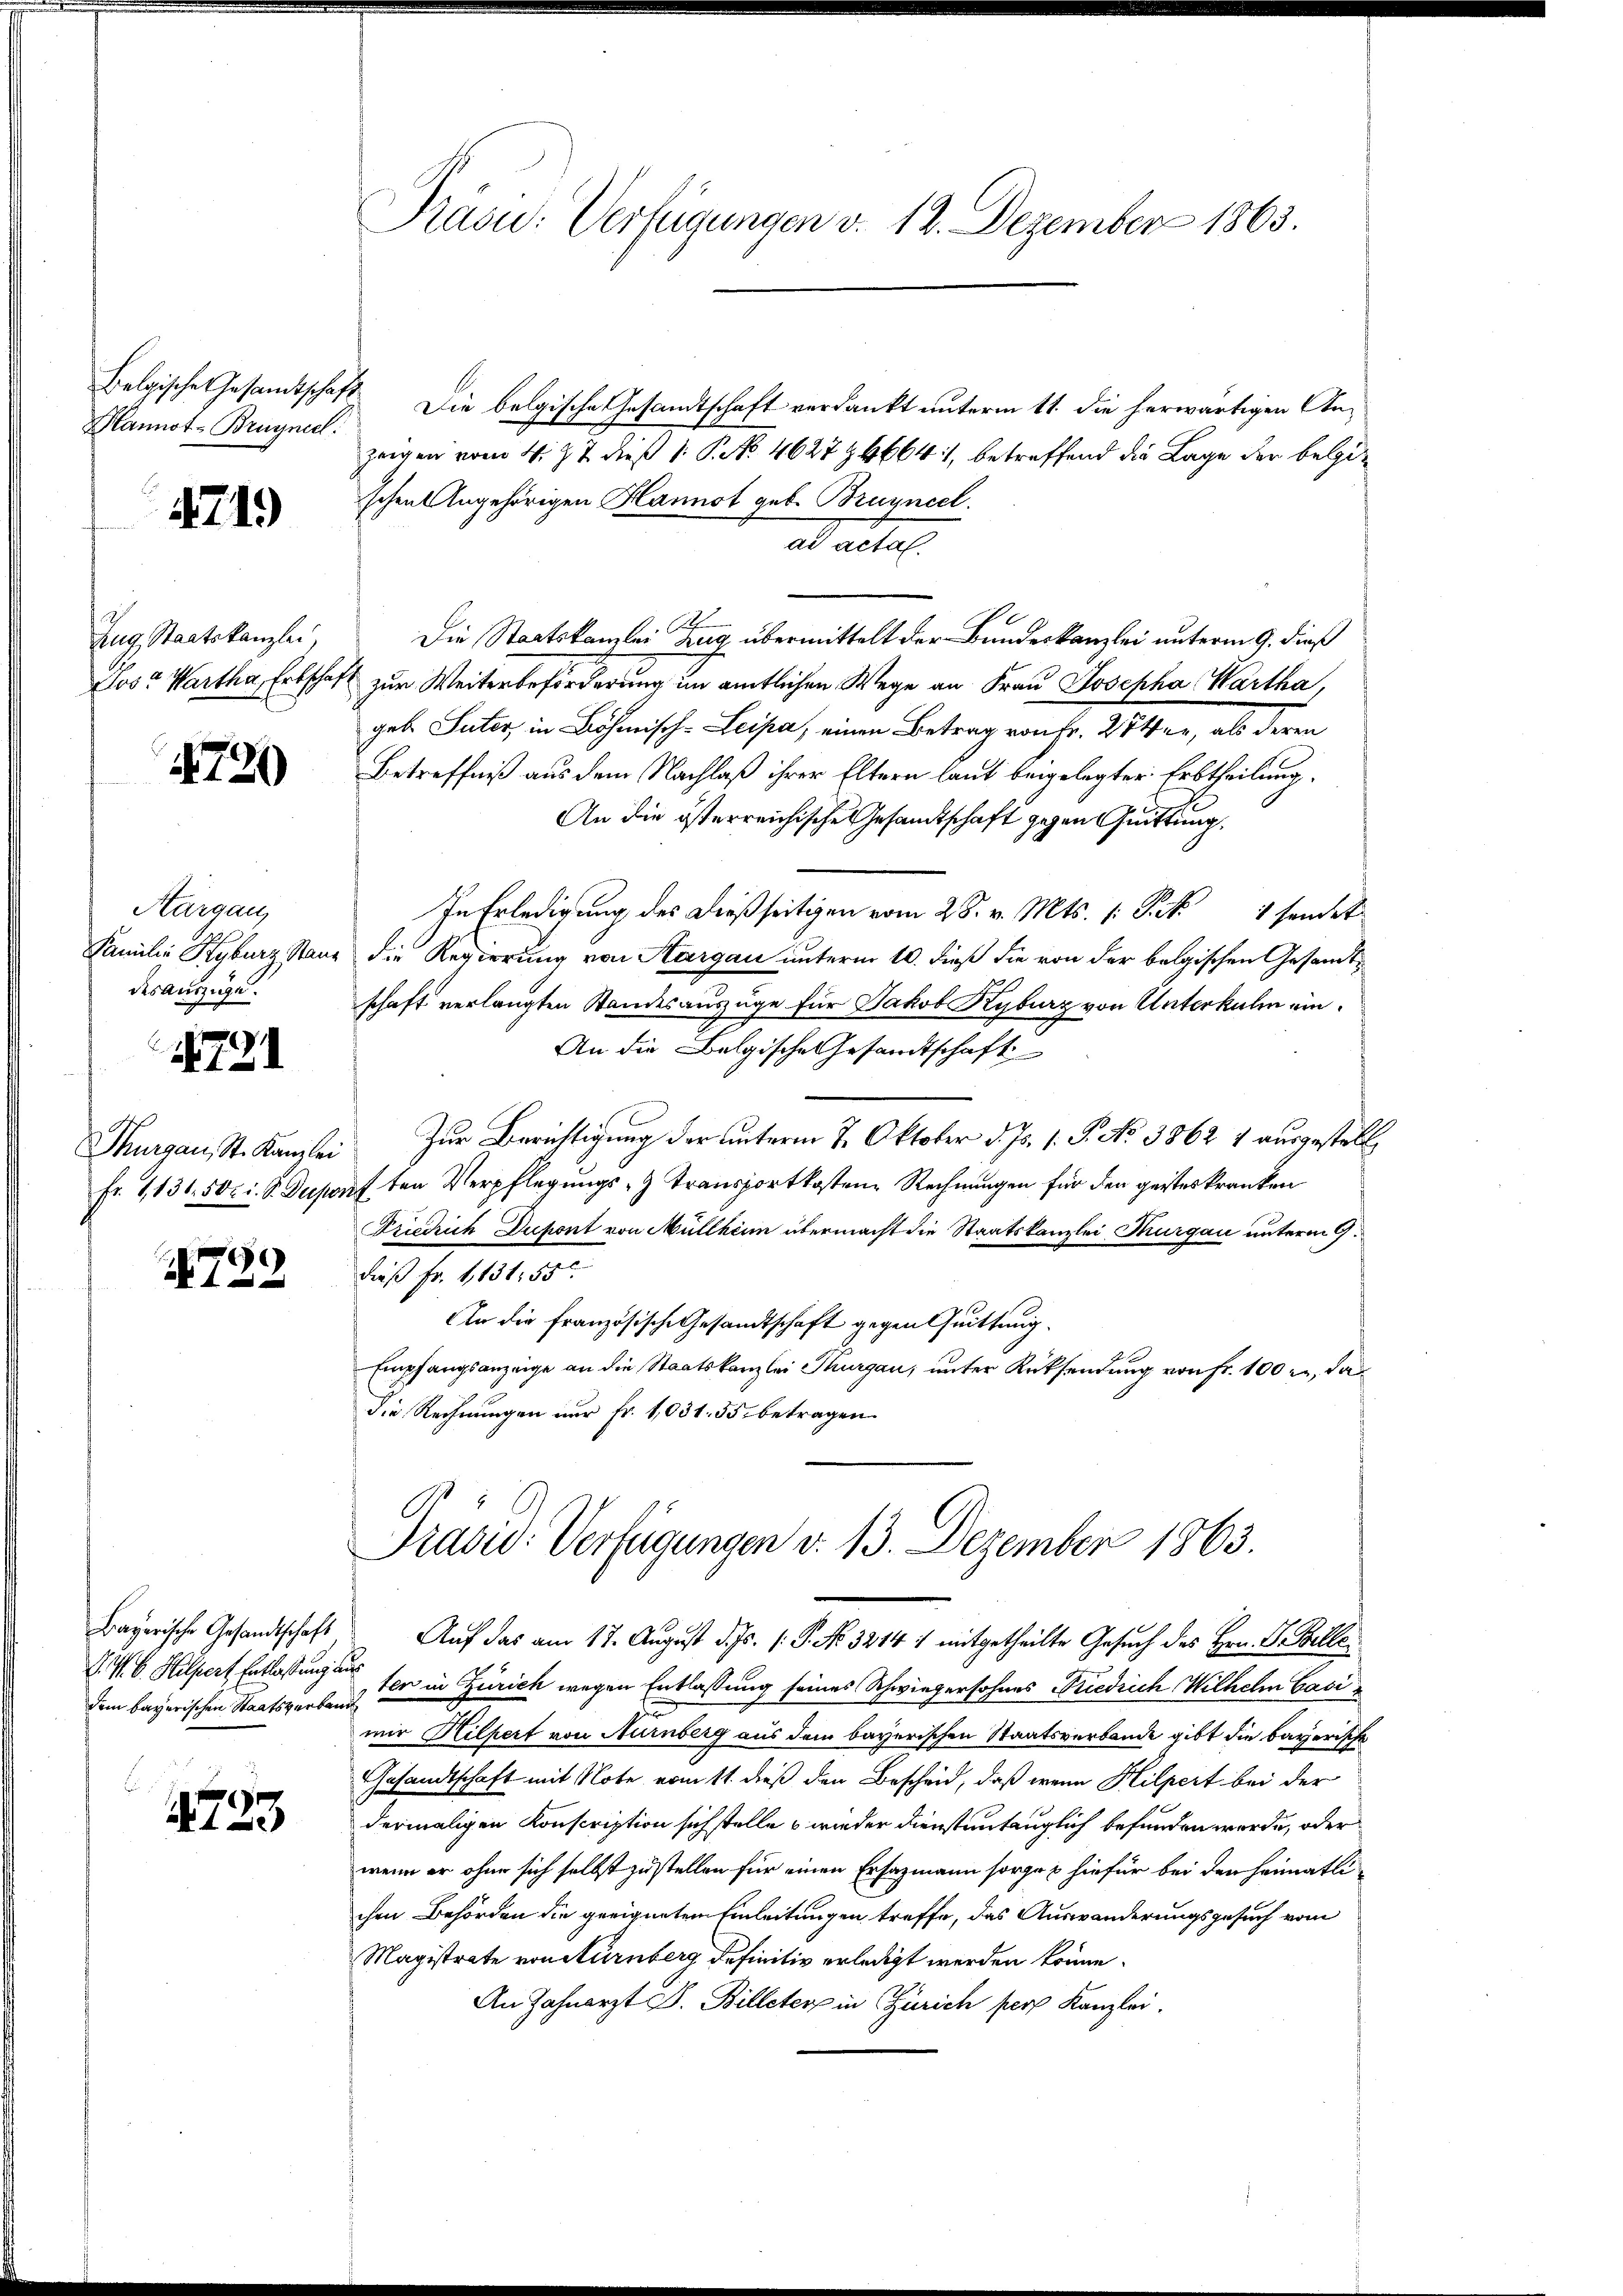
Hannot-Brügneel:

4719

Zug Staatskanzlei,

4720

Aargau,
Familie Kyburg Stand
des Auszüge.

791

Thurgau, St. Kanzlei
Fr. 1,136. 50c i. S. Depo

729

J. V. C. Hilpert Entlassung aus
dem bayerischen Staatsverband

4723

Rasu: Verfügungen d. 12. Dezember 1863.

Belgische Gesamtschaft. Die belgische Gesandtschaft verdankt unterm 11. die herwärtigen Anzeigen vom 4. Z. 7 dieß 1: P. No. 4627 n 4664), betreffend die Lage der belgischen Angehörigen Hannst geb. Bruynccl.
ad acta
.
Die Staatskanzlei Zug übermittelt der Bundeskanzlei unterm 9. dieß
Jos? Wartha, Erbschaft zur Weiterbeförderung im amtlichen Wege an Frau Josepha Wartha,
geb Suter in Böhmisch-Leipa, einen Betrag von Fr. 27 er, als deren
Betreffniß aus dem Nachlaß ihrer Eltern laut beigelegter Erbtheilung,
An die österreichische Gesandtschaft gegen Quittung.
In Erledigung des dießseitigen vom 28. v. Mts. 1. Frk. 1 sendet
die Regierung von Aargau unterm 10. dieß die von der belgischen Gesandtschaft verlangten Standesauszüge für Jakob Kyburg von Unterkulin ein¬
An die Belgische Gesandtschaft
Zur Berichtigung der unterm 7. Oktober d. Js. s. S. No 3862 1 ausgestell
1ten Verpflegungs- & Transportkosten Rechnungen für den geisteskranken
i
Friedrich Dupont von Müllheim übermacht die Staatskanzlei Thurgau unterm 9.
daß Fr. 1,131, 55
An die französische Gesandtschaft gegen Quittung.
Empfangsanzeige an die Staatskanzlei Thurgau, unter Rücksendung von Fr. 100 zu, das
die Rechnungen nur Fr. 1031. 55 betragen.

Präsid. Verfügungen d. 13. Dezember 1863.
Bayerische Gesandtschaft, Auf das am 17. August d. Js. s. P. No. 3214 1 mitgetheilte Gesuch des Hrn. F. Bille

ten in Zürich wegen Entlassung seines Schwiegersohnes Niedrich Wilhelm Casi
mir Hilpert von Nürnberg aus dem bayerischen Staatsverbande gibt die bayerische
Gesandtschaft mit Note vom 11. dieß den Bescheid, daß wenn Hilpert bei der
dermaligen Konscription sich stelle & wieder dienstantauglich befunden werde, oder
wenn er ohne sich selbst zu stellen für einen Ersazmann sorgen hiefür bei den heimatli
chen Behörden die geeignetem Einleitungen treffe, das Auswanderungsgesuch vom
Magistrate von Nürnberg definitiv erledigt werden könne.
An Zahnarzt D. Billeter in Zürich pers Kanzlei.